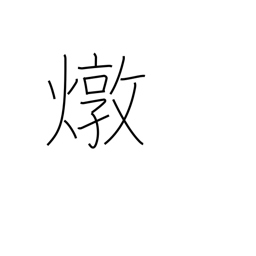
Meaning: fiery